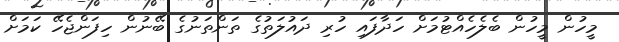
މީހުން މީހުން ބެލެހެއްޓުމަށް ހަދާފައި ހުރި ދައުލަތުގެ ތަންތަނުގެ ބޭނުން ހިފަންޖެހޭ ކަމަށް